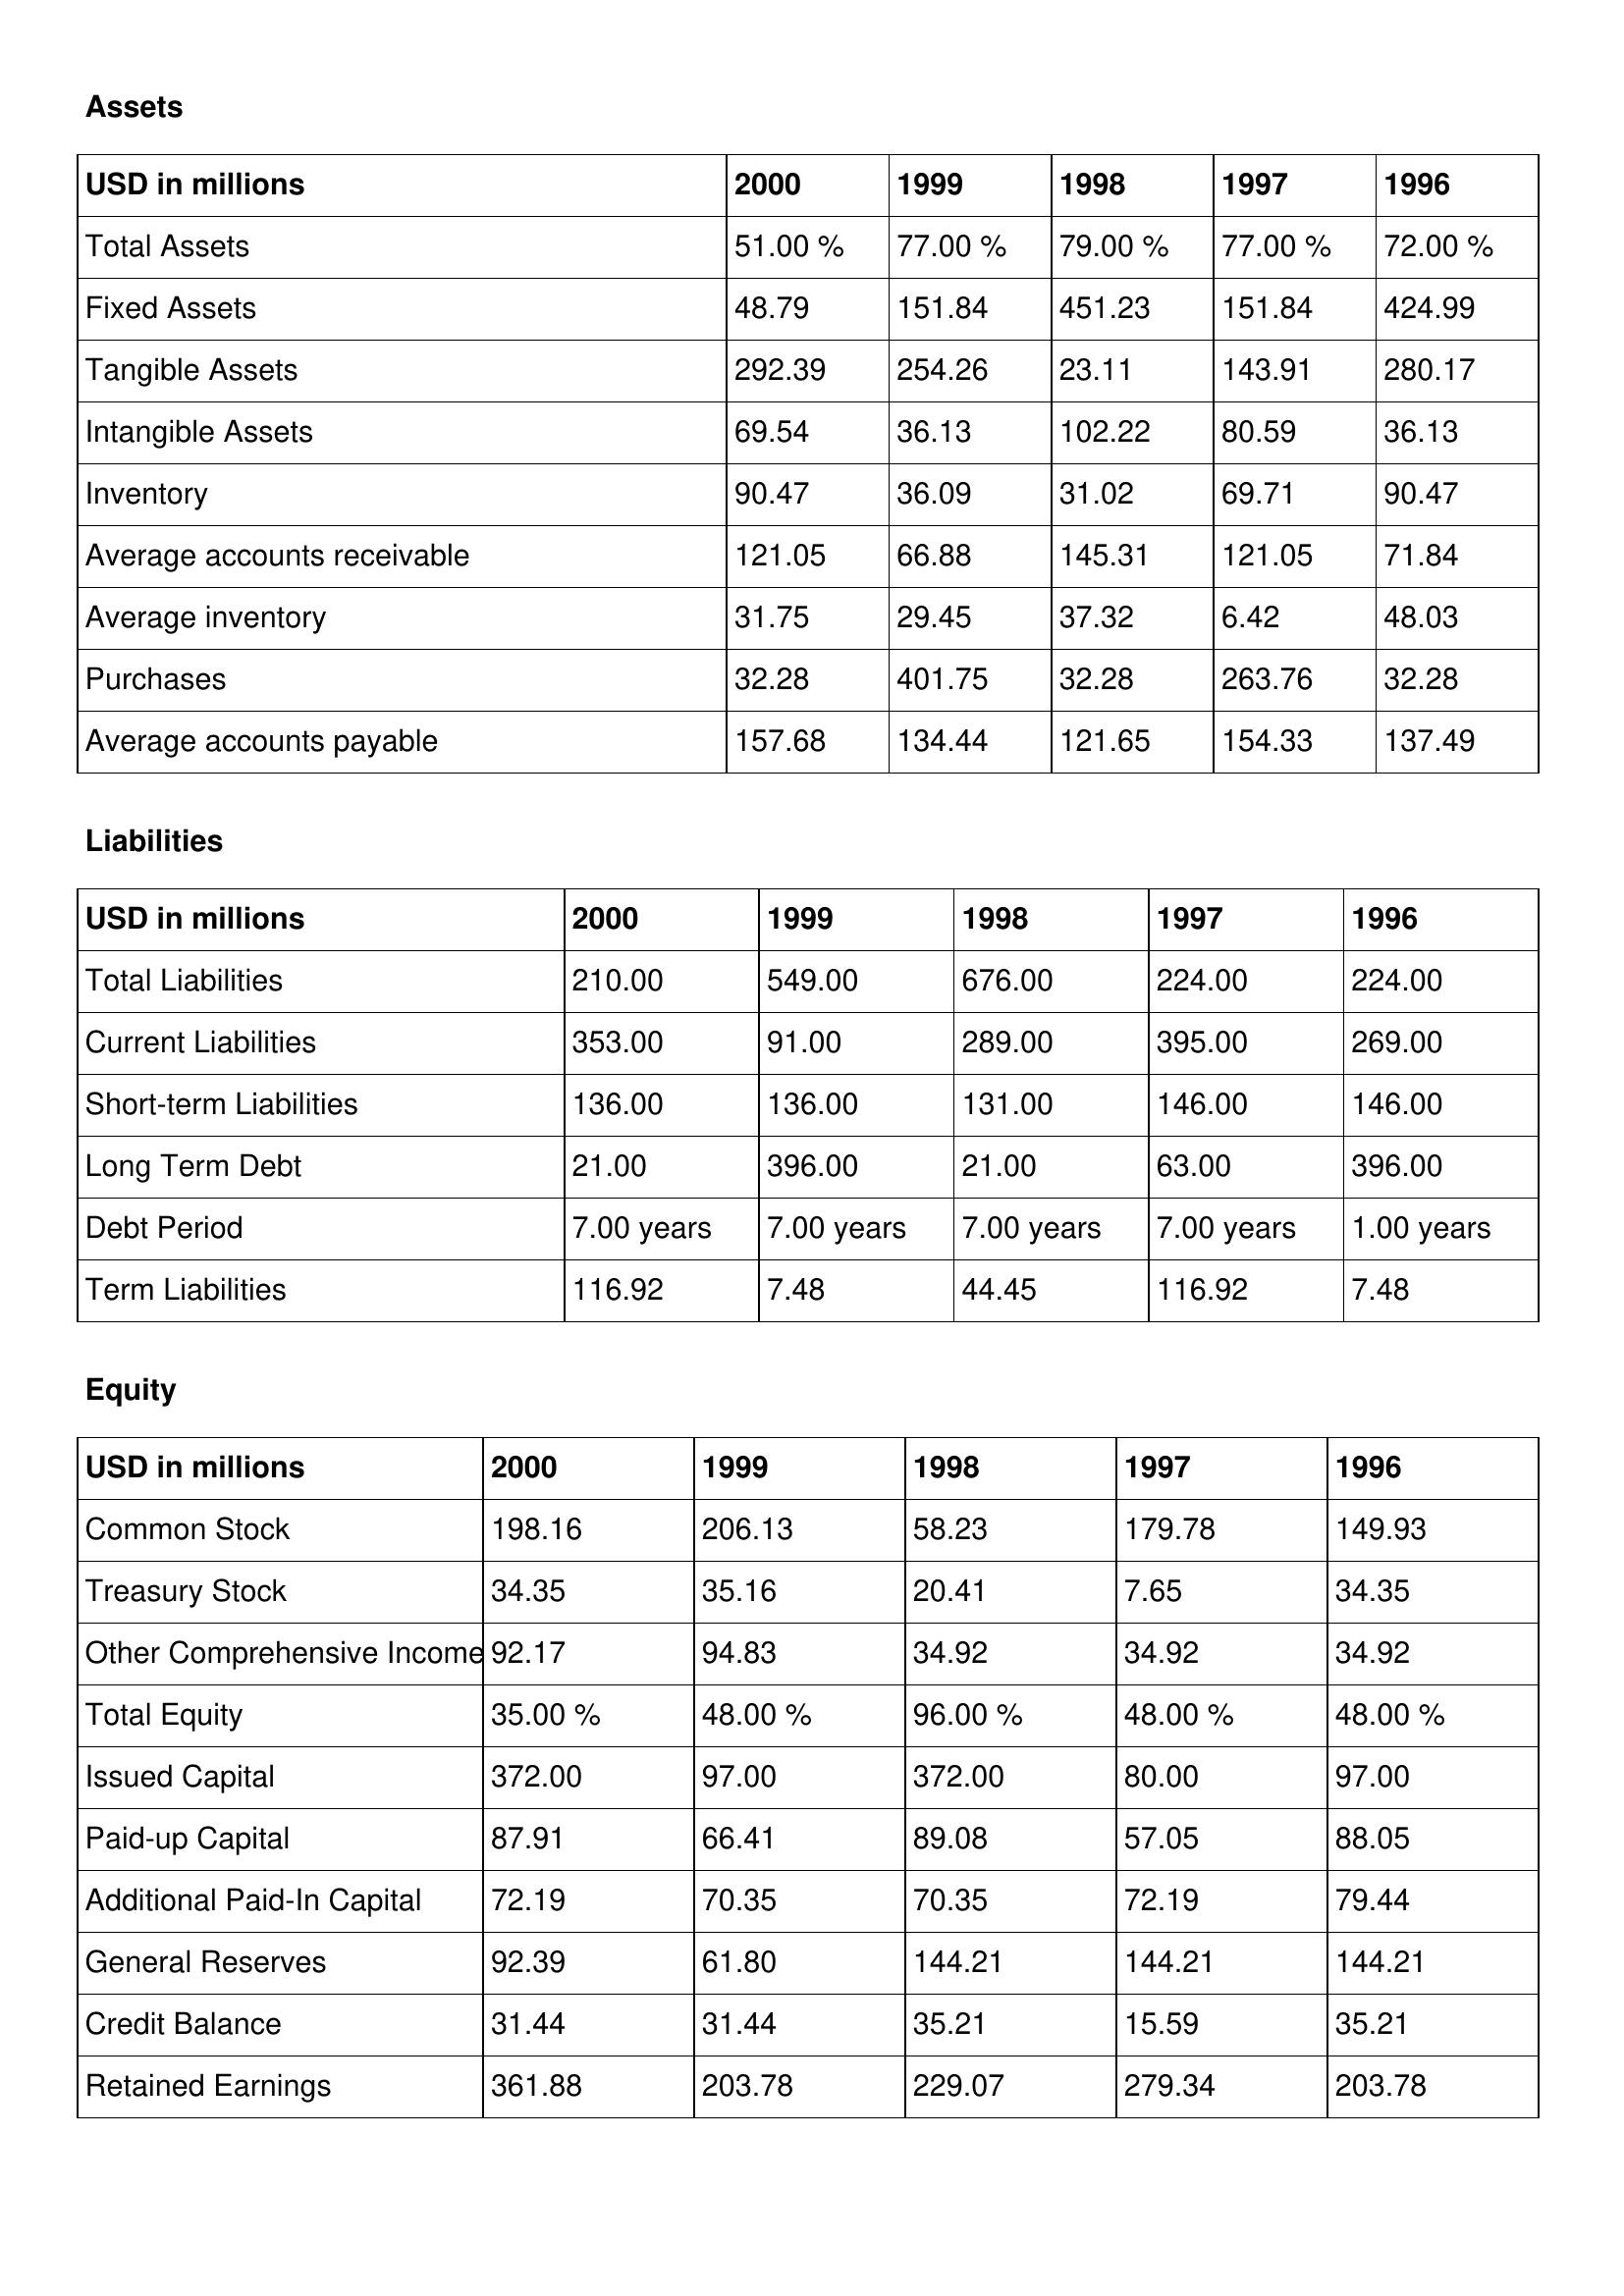
gt_parse: 2000: Assets: Total Assets: 51.00 %
Fixed Assets: 48.79
Tangible Assets: 292.39
Intangible Assets: 69.54
Inventory: 90.47
Average accounts receivable: 121.05
Average inventory: 31.75
Purchases: 32.28
Average accounts payable: 157.68
Liabilities: Total Liabilities: 210.00
Current Liabilities: 353.00
Short-term Liabilities: 136.00
Long Term Debt: 21.00
Debt Period: 7.00 years
Term Liabilities: 116.92
Equity: Common Stock: 198.16
Treasury Stock: 34.35
Other Comprehensive Income: 92.17
Total Equity: 35.00 %
Issued Capital: 372.00
Paid-up Capital: 87.91
Additional Paid-In Capital: 72.19
General Reserves: 92.39
Credit Balance: 31.44
Retained Earnings: 361.88
1999: Assets: Total Assets: 77.00 %
Fixed Assets: 151.84
Tangible Assets: 254.26
Intangible Assets: 36.13
Inventory: 36.09
Average accounts receivable: 66.88
Average inventory: 29.45
Purchases: 401.75
Average accounts payable: 134.44
Liabilities: Total Liabilities: 549.00
Current Liabilities: 91.00
Short-term Liabilities: 136.00
Long Term Debt: 396.00
Debt Period: 7.00 years
Term Liabilities: 7.48
Equity: Common Stock: 206.13
Treasury Stock: 35.16
Other Comprehensive Income: 94.83
Total Equity: 48.00 %
Issued Capital: 97.00
Paid-up Capital: 66.41
Additional Paid-In Capital: 70.35
General Reserves: 61.80
Credit Balance: 31.44
Retained Earnings: 203.78
1998: Assets: Total Assets: 79.00 %
Fixed Assets: 451.23
Tangible Assets: 23.11
Intangible Assets: 102.22
Inventory: 31.02
Average accounts receivable: 145.31
Average inventory: 37.32
Purchases: 32.28
Average accounts payable: 121.65
Liabilities: Total Liabilities: 676.00
Current Liabilities: 289.00
Short-term Liabilities: 131.00
Long Term Debt: 21.00
Debt Period: 7.00 years
Term Liabilities: 44.45
Equity: Common Stock: 58.23
Treasury Stock: 20.41
Other Comprehensive Income: 34.92
Total Equity: 96.00 %
Issued Capital: 372.00
Paid-up Capital: 89.08
Additional Paid-In Capital: 70.35
General Reserves: 144.21
Credit Balance: 35.21
Retained Earnings: 229.07
1997: Assets: Total Assets: 77.00 %
Fixed Assets: 151.84
Tangible Assets: 143.91
Intangible Assets: 80.59
Inventory: 69.71
Average accounts receivable: 121.05
Average inventory: 6.42
Purchases: 263.76
Average accounts payable: 154.33
Liabilities: Total Liabilities: 224.00
Current Liabilities: 395.00
Short-term Liabilities: 146.00
Long Term Debt: 63.00
Debt Period: 7.00 years
Term Liabilities: 116.92
Equity: Common Stock: 179.78
Treasury Stock: 7.65
Other Comprehensive Income: 34.92
Total Equity: 48.00 %
Issued Capital: 80.00
Paid-up Capital: 57.05
Additional Paid-In Capital: 72.19
General Reserves: 144.21
Credit Balance: 15.59
Retained Earnings: 279.34
1996: Assets: Total Assets: 72.00 %
Fixed Assets: 424.99
Tangible Assets: 280.17
Intangible Assets: 36.13
Inventory: 90.47
Average accounts receivable: 71.84
Average inventory: 48.03
Purchases: 32.28
Average accounts payable: 137.49
Liabilities: Total Liabilities: 224.00
Current Liabilities: 269.00
Short-term Liabilities: 146.00
Long Term Debt: 396.00
Debt Period: 1.00 years
Term Liabilities: 7.48
Equity: Common Stock: 149.93
Treasury Stock: 34.35
Other Comprehensive Income: 34.92
Total Equity: 48.00 %
Issued Capital: 97.00
Paid-up Capital: 88.05
Additional Paid-In Capital: 79.44
General Reserves: 144.21
Credit Balance: 35.21
Retained Earnings: 203.78